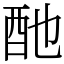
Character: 酏